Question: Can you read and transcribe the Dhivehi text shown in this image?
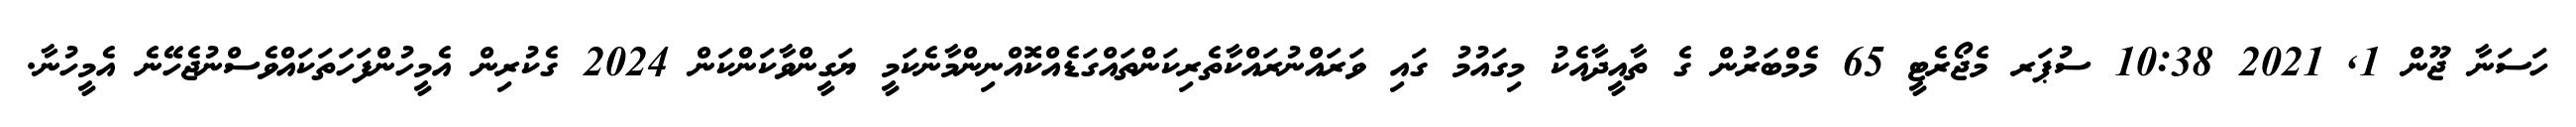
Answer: ހަސަނާ ޖޫން 1, 2021 10:38 ސުޕަރ މެޖޯރެޓީ 65 މެމްބަރުން ގެ ތާއީދާއެކު މިގައުމު ގައި ވަރައްނުރައްކާތެރިކަންތައްގަޑެއްކޮއްނިންމާނެކަމީ ޔަގީންވާކަންކަން 2024 ގެކުރިން އެމީހުންފަހަތަކައްވެސްނުޖެހޭނެ އެމީހުނާ.